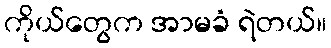
ကိုယ်တွေက အာမခံ ရဲတယ်။